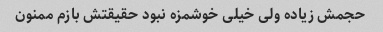
حجمش زیاده ولی خیلی خوشمزه نبود حقیقتش بازم ممنون